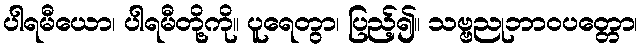
ပါရမီယော၊ ပါရမီတို့ကို။ ပူရေတွာ၊ ပြည့်၍။ သဗ္ဗညုဘာဝပတ္တော၊